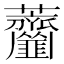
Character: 𦺅